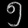
Digit: ၅